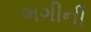
ભગીની